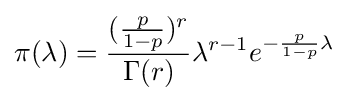
\pi (\lambda )={\frac {({\frac {p}{1-p}})^{r}}{\Gamma (r)}}\lambda ^{r-1}e^{-{\frac {p}{1-p}}\lambda }